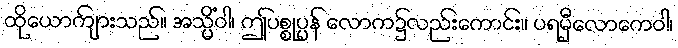
ထိုယောကျ်ားသည်။ အသ္မိံဝါ၊ ဤပစ္စုပ္ပန် လောက၌လည်းကောင်း။ ပရမှီလောကေဝါ၊